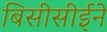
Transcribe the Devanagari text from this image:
बिसीसीईने